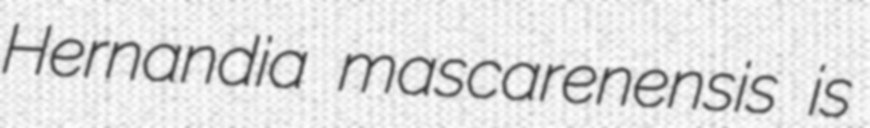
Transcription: Hernandia mascarenensis is